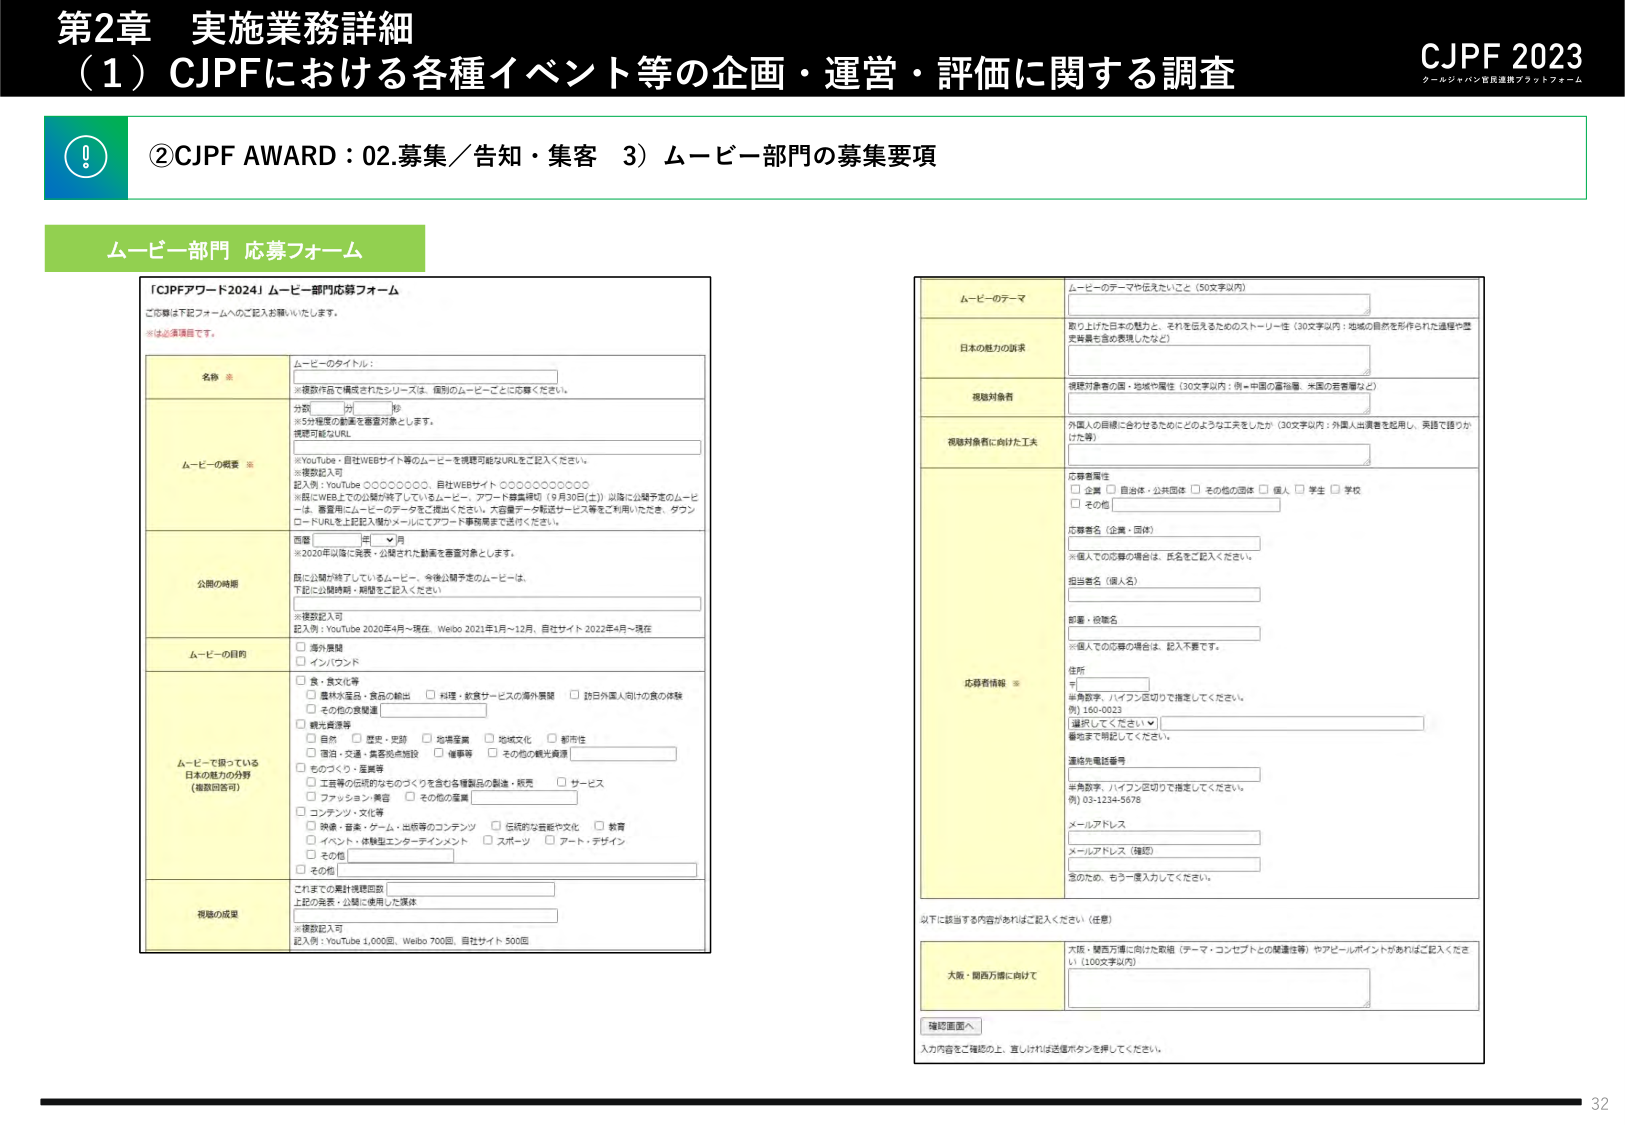
第2章 実施業務詳細
（1）CJPFにおける各種イベント等の企画・運営・評価に関する調査
CJPF 2023
クールジャパン官民連携プラットフォーム

②CJPF AWARD：02.募集／告知・集客 3）ムービー部門の募集要項

ムービー部門 応募フォーム

「CJPFアワード2024」ムービー部門応募フォーム
ご応募は下記フォームへのご記入お願いいたします。
※は必須項目です。

名称 ※
ムービーのタイトル：
※複数作品で構成されたシリーズは、個別のムービーごとに応募ください。

ムービーの概要 ※
分類 □ 短 □ 長
※5分程度の動画を審査対象とします。
視認可能なURL
※YouTube・自社WEBサイト等のムービーを視認可能なURLをご記入ください。
※複数記入可
記入例：YouTube ○○○○○○○○、自社WEBサイト ○○○○○○○○○○
※既にWEB上での公開が終了しているムービー、アワード審査期（9月30日(土)）以降に公開予定のムービーは、審査用にムービーのデータをご提出ください。大容量データ転送サービス等をご利用いただき、ダウンロードURLを上記記入欄かメールにてアワード事務局まで送付ください。

公開の時期
西暦 □ 年 □ 月
※2020年以降に発表・公開された動画を審査対象とします。
既に公開は終了しているムービー、今後公開予定のムービーは、
下記に公開時期・期間をご記入ください。
※複数記入可
記入例：YouTube 2020年4月～現在、Weibo 2021年1月～12月、自社サイト 2022年4月～現在

ムービーの目的
□ 海外展開
□ インバウンド

ムービーで扱っている日本の魅力の分野（複数回答可）
□ 食・食文化等
　□ 農林水産品・食品の輸出　□ 料理・飲食サービスの海外展開　□ 訪日外国人向けの食の体験
　□ その他の食関連
□ 観光資源等
　□ 自然　□ 歴史・史跡　□ 地域文化　□ 都市性
　□ 環境・交通・農業関連施設　□ 備蓄等　□ その他の観光資源
□ ものづくり・産業等
　□ 工芸等の伝統的なものづくりを含む各種製品の製造・販売　□ サービス
　□ ファッション・美容　□ その他の産業
□ コンテンツ・文化等
　□ 映画・音楽・ゲーム・出版等のコンテンツ　□ 伝統的な芸能や文化　□ 教育
　□ イベント・体験型エンターテインメント　□ スポーツ　□ アート・デザイン
　□ その他

視聴の成果
これまでの累計視聴回数
上記の発表・公開に使用した媒体
※複数記入可
記入例：YouTube 1,000回、Weibo 700回、自社サイト 500回

ムービーのテーマ
ムービーのテーマや伝えたいこと（50文字以内）

日本の魅力の訴求
取り上げた日本の魅力と、それを伝えるためのストーリー性（30文字以内：地域の自然を形作られた過程や歴史背景も含め表現したなど）

視聴対象者
視聴対象者の国・地域や属性（30文字以内：例＝中国の富裕層、米国の若者層など）

視聴対象者に向けた工夫
外国人の目線に合わせるためにどのような工夫をしたか（30文字以内：外国人出演者を起用し、英語で語りかけた等）

応募者属性
□ 企業 □ 自治体・公共団体 □ その他の団体 □ 個人 □ 学生 □ 学校
□ その他

応募者名（企業・団体）
※個人での応募の場合は、氏名をご記入ください。

担当者名（個人名）

部署・役職名
※個人での応募の場合は、記入不要です。

住所
〒
※半角数字、ハイフン記号で推定してください。
例）160-0023
選択してください ▼
番地まで明記してください。

連絡先電話番号
※半角数字、ハイフン記号で推定してください。
例）03-1234-5678

メールアドレス

メールアドレス（確認）

※のため、もう一度入力してください。

以下に該当する内容があればご記入ください（任意）

大阪・関西万博に向けて
大阪・関西万博に向けた取組（テーマ・コンセプトとの関連性等）やアピールポイントがあればご記入ください（100文字以内）

確認画面へ
入力内容をご確認の上、宜しければ送信ボタンを押してください。

32